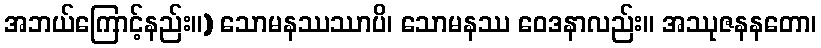
အဘယ်ကြောင့်နည်း။) သောမနဿဿာပိ၊ သောမနဿ ဝေဒနာလည်း။ အဿုဇနနတော၊